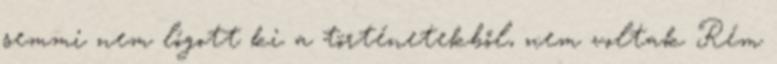
semmi nem lógott ki a történetekből, nem voltak Rém